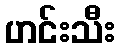
ဟင်းသီး